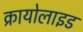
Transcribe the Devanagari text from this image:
क्रायोलाइड